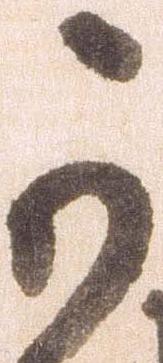
可